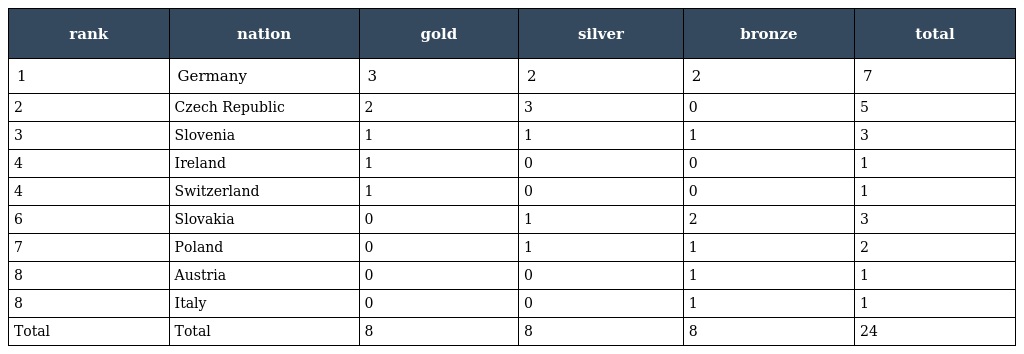
| rank | nation | gold | silver | bronze | total |
 | --- | --- | --- | --- | --- | --- |
 | 1 | Germany | 3 | 2 | 2 | 7 |
 | 2 | Czech Republic | 2 | 3 | 0 | 5 |
 | 3 | Slovenia | 1 | 1 | 1 | 3 |
 | 4 | Ireland | 1 | 0 | 0 | 1 |
 | 4 | Switzerland | 1 | 0 | 0 | 1 |
 | 6 | Slovakia | 0 | 1 | 2 | 3 |
 | 7 | Poland | 0 | 1 | 1 | 2 |
 | 8 | Austria | 0 | 0 | 1 | 1 |
 | 8 | Italy | 0 | 0 | 1 | 1 |
 | Total | Total | 8 | 8 | 8 | 24 |